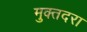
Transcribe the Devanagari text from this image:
मुक्तदरा